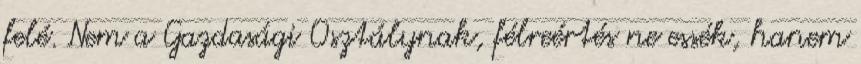
felé. Nem a Gazdasági Osztálynak, félreértés ne essék, hanem